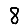
Digit: 8